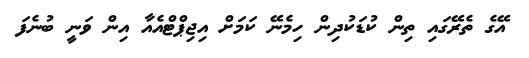
އޭގެ ތެރޭގައި ތިން ކުޑަކުދިން ހިމެނޭ ކަމަށް އިޖިޕްޓްއެއާ އިން ވަނީ ބުނެފަ